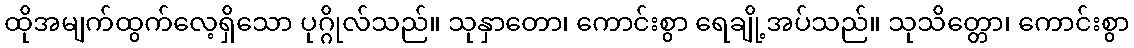
ထိုအမျက်ထွက်လေ့ရှိသော ပုဂ္ဂိုလ်သည်။ သုနှာတော၊ ကောင်းစွာ ရေချို့အပ်သည်။ သုသိတ္တော၊ ကောင်းစွာ